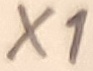
Text: X1